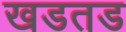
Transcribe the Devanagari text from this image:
खडतड